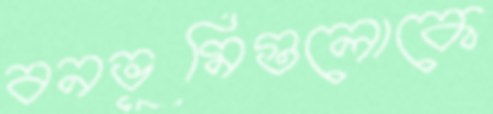
বনভূমিগুলোকে